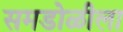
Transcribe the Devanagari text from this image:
समडोळीला